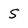
Character: S